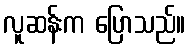
လူဆန်းက ပြောသည်။